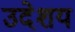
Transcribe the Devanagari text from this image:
उदेशय